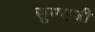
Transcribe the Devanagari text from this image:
सुम्पाजी